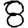
Digit: 8